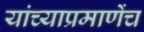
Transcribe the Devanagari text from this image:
यांच्याप्रमाणेंच